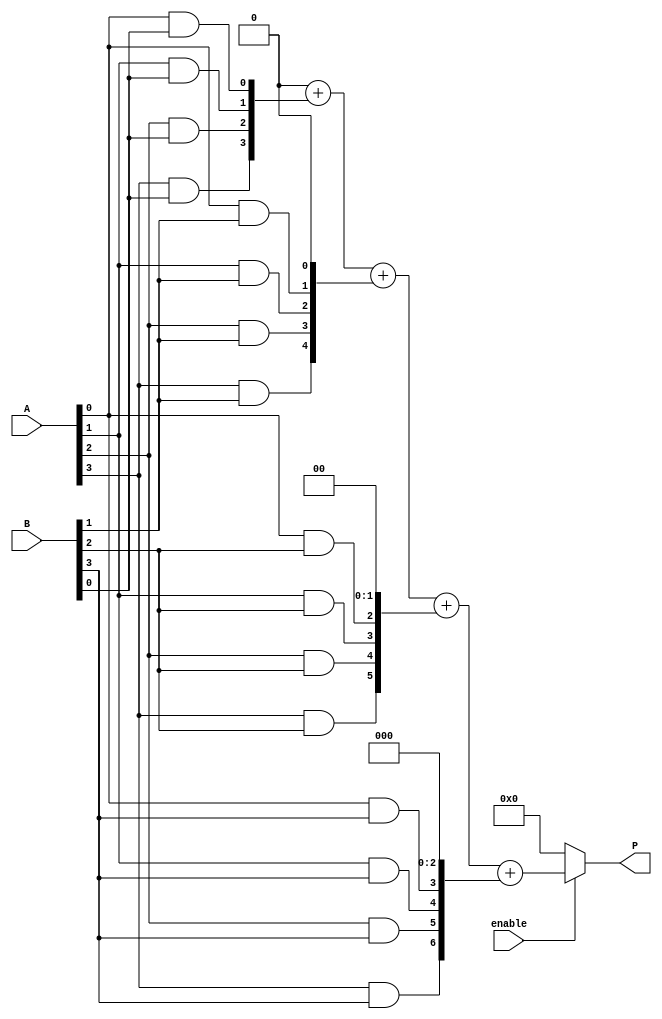
module vedic_multiplier #(parameter N = 4) (
    input  wire [N-1:0] A,      // N-bit input A
    input  wire [N-1:0] B,      // N-bit input B
    input  wire enable,          // Enable signal
    output reg  [2*N-1:0] P      // (2N)-bit output product
);

    reg [N-1:0] partial_products [0:N-1]; // Array to hold partial products
    integer i, j;

    always @(*) begin
        if (enable) begin
            // Initialize partial products to zero
            for (i = 0; i < N; i = i + 1) begin
                partial_products[i] = 0;
            end
            
            // Generate partial products
            for (i = 0; i < N; i = i + 1) begin
                for (j = 0; j < N; j = j + 1) begin
                    partial_products[i][j] = A[j] & B[i]; // AND operation
                end
            end
            
            // Initialize product to zero
            P = 0;

            // Crosswise addition of partial products
            for (i = 0; i < N; i = i + 1) begin
                P = P + (partial_products[i] << i); // Shift and add
            end
        end else begin
            P = 0; // If not enabled, output zero
        end
    end
endmodule